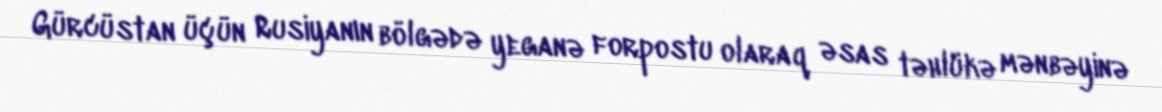
Gürcüstan üçün Rusiyanın bölgədə yeganə forpostu olaraq əsas təhlükə mənbəyinə